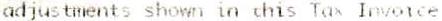
ADJUSTMENTS SHOWN IN CHIS TAX INVOICE